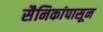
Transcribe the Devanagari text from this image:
सैनिकांपासून